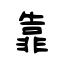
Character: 靠